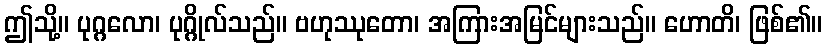
ဤသို့။ ပုဂ္ဂလော၊ ပုဂ္ဂိုလ်သည်။ ဗဟုဿုတော၊ အကြားအမြင်များသည်။ ဟောတိ၊ ဖြစ်၏။